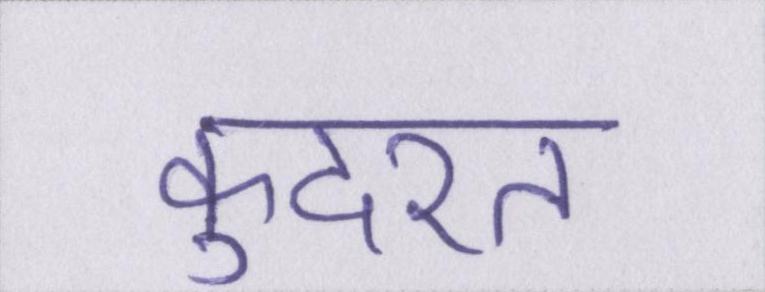
कुदरत